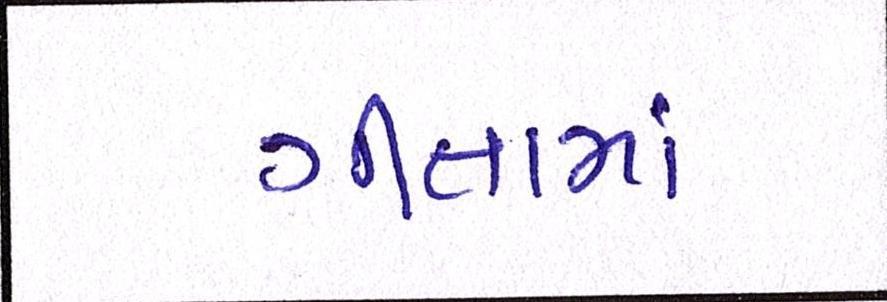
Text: ગીતામાં